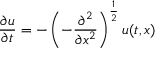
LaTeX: { \frac { \partial u } { \partial t } } = - \left( - { \frac { \partial ^ { 2 } } { \partial x ^ { 2 } } } \right) ^ { \frac { 1 } { 2 } } u ( t , x )